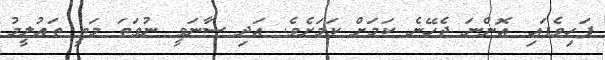
ފަހިވެފައި އޮންނަ ޖެހޭނެ ކަމަށް ކަމަށެވެ. އަދި ސާނަވީ ނުވަތަ މަތީ ތައުލީމު